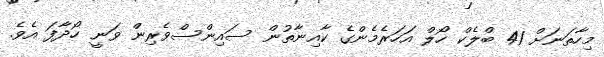
މިހާތަނަށް 41 ބްލެކް ހޯލް އަހަރެމެންގެ ކާއިނާތުން ސައިންސްވެރިން ވަނީ ހޯދާފަ އެވެ.